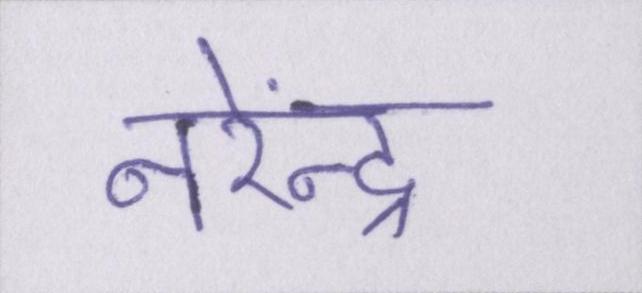
नरेंन्द्र